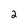
Character: 2